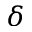
\delta